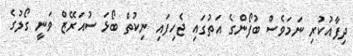
ދިފާއުކުރި ނަމަވެސް ބުފޯންގެ އަތުގައި ޖެހިފައި ނިކުތް ބޯޅަ ސުއަރޭޒް ވަނީ ގޯލުގެ